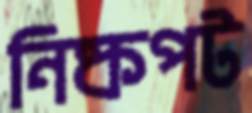
নিষ্কপট